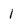
Character: l